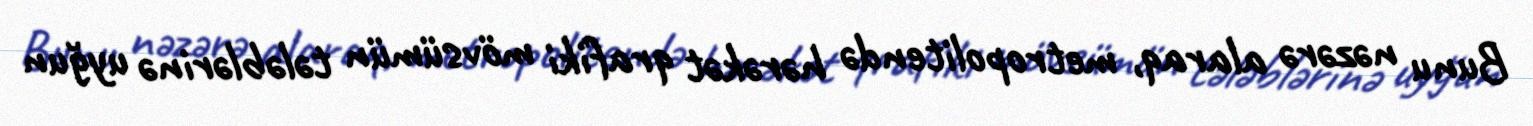
Bunu nəzərə alaraq, metropolitendə hərəkət qrafiki mövsümün tələblərinə uyğun